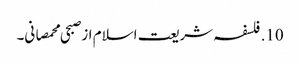
10. فلسفہ شریعت اسلام از صبحی محمصانی۔